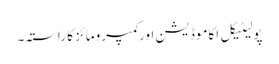
پولیٹیکل اکاموڈیشن اور کمپرومائز کا راستہ۔